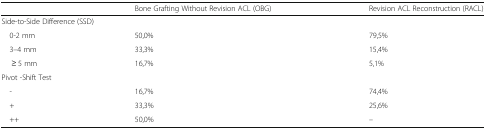
|  | Bone Grafting Without Revision ACL (OBG) | Revision ACL Reconstruction (RACL) |
 | --- | --- | --- |
 | <COLSPAN=3> Side-to-Side Difference (SSD) |
 | 0-2 mm | 50,0% | 79,5% |
 | 3–4 mm | 33,3% | 15,4% |
 | ≥ 5 mm | 16,7% | 5,1% |
 | <COLSPAN=3> Pivot -Shift Test |
 | - | 16,7% | 74,4% |
 | + | 33,3% | 25,6% |
 | ++ | 50,0% | – |